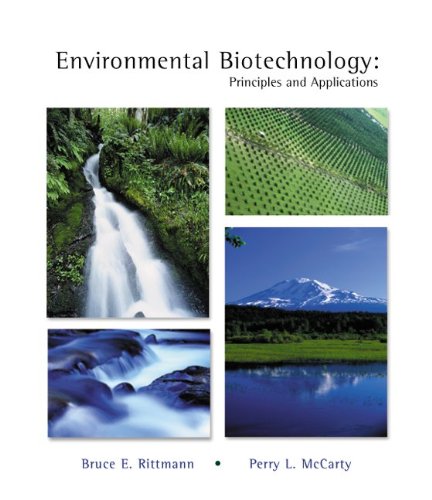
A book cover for Environmental Biotechnology: Principles and Applications; Bruce Rittmann; Health, Fitness & Dieting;